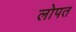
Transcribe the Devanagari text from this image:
लोपत